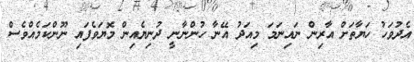
އެދުވަހު ހަޔާތަށް އާރިން ނައިނަމަ މިއަދު އޭނާ ހުންނާނީ ދުނިޔެއިން މޮޔަވެފައި ނޫންކަމެއްވެސް